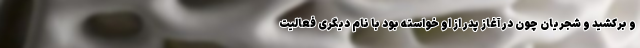
و برکشید و شجریان چون در آغاز پدر از او خواسته بود با نام دیگری فعالیت